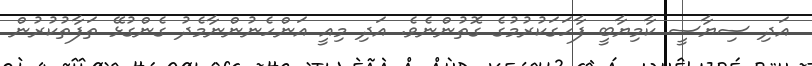
އަދި ސިޔާސީ ކާމިޔާބީ ފާހަގަކުރުމުގެ ގޮތުންނެވެ. އަދި މިއީ އަންހެނުންނާމެދު ގެންގުޅޭ ތަފާތުކުރުން